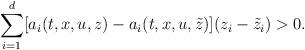
LaTeX: \begin{align*}\sum_{i=1}^{d} [a_i(t,x,u,z) - a_i(t,x,u,\tilde{z})](z_i - \tilde{z}_i) > 0.\end{align*}